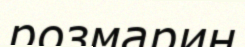
розмарин